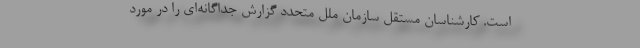
است. کارشناسان مستقل سازمان ملل متحدد گزارش جداگانه‌ای را در مورد